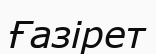
Ғазірет